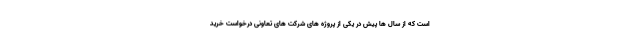
است که از سال ها پیش در یکی از پروژه های شرکت های تعاونی درخواست خرید